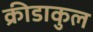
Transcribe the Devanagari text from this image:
क्रीडाकुल